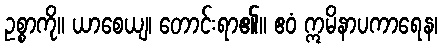
ဥစ္စာကို။ ယာစေယျ၊ တောင်းရာ၏။ ဧဝံ ဣမိနာပကာရေန၊